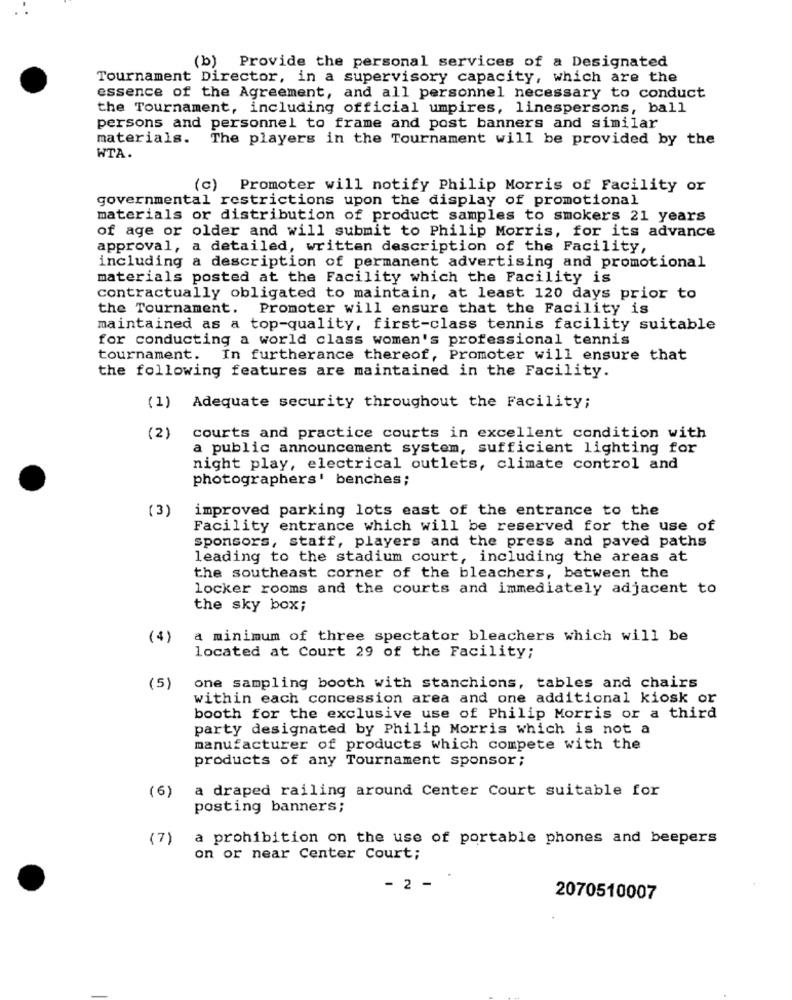
(b) Provide the personal services of a Designated
Tournament Director, in a supervisory capacity, which are the
essence of the Agreement, and all personnel necessary to conduct
the Tournament, including official umpires, linespersons, ball
persons and personnel to frame and post banners and similar
materials. The players in the Tournament will be provided by the
WTA.
(c) Promoter will notify Philip Morris of Facility or
governmental restrictions upon the display of promotional
materials or distribution of product samples to smokers 21 years
of age or older and will submit to Philip Morris, for its advance
approval, a detailed, written description of the Facility,
including a description of permanent advertising and promotional
materials posted at the Facility which the Facility is
contractually obligated to maintain, at least 120 days prior to
the Tournament. Promoter will ensure that the Facility is
maintained as a top-quality, first-class tennis facility suitable
for conducting a world class women's professional tennis
tournament. In furtherance thereof, Promoter will ensure that
the following features are maintained in the Facility.
(1) Adequate security throughout the Facility;
(2)
courts and practice courts in excellent condition with
a public announcement system, sufficient lighting for
night play, electrical outlets, climate control and
photographers' benches;
(3)
improved parking lots east of the entrance to the
Facility entrance which will be reserved for the use of
sponsors, staff, players and the press and paved paths
leading to the stadium court, including the areas at
the southeast corner of the bleachers, between the
locker rooms and the courts and immediately adjacent to
the sky box;
(4)
a minimum of three spectator bleachers which will be
located at Court 29 of the Facility;
(5)
one sampling booth with stanchions, tables and chairs
within each concession area and one additional kiosk or
booth for the exclusive use of Philip Morris or a third
party designated by Philip Morris which is not a
manufacturer of products which compete with the
products of any Tournament sponsor ;
(6)
a draped railing around Center Court suitable for
posting banners;
(7)
a prohibition on the use of portable phones and beepers
on or near Center Court;
- 2 -
2070510007